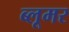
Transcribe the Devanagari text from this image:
ब्लूमर